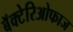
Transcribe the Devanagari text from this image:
बॅक्टेरिओफाज